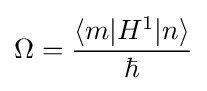
\Omega ={\frac {\langle m|H^{1}|n\rangle }{\hbar }}